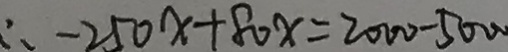
\therefore - 2 5 0 x + 8 0 x = 2 0 0 0 - 5 0 0 0